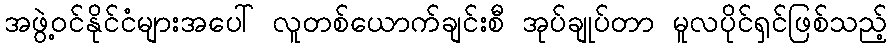
အဖွဲ့ဝင်နိုင်ငံများအပေါ် လူတစ်ယောက်ချင်းစီ အုပ်ချုပ်တာ မူလပိုင်ရှင်ဖြစ်သည့်